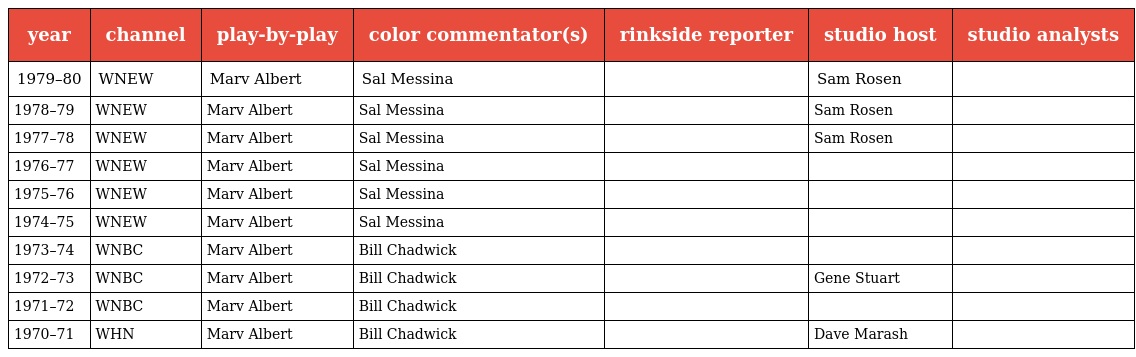
| year | channel | play-by-play | color commentator(s) | rinkside reporter | studio host | studio analysts |
 | --- | --- | --- | --- | --- | --- | --- |
 | 1979–80 | WNEW | Marv Albert | Sal Messina |  | Sam Rosen |  |
 | 1978–79 | WNEW | Marv Albert | Sal Messina |  | Sam Rosen |  |
 | 1977–78 | WNEW | Marv Albert | Sal Messina |  | Sam Rosen |  |
 | 1976–77 | WNEW | Marv Albert | Sal Messina |  |  |  |
 | 1975–76 | WNEW | Marv Albert | Sal Messina |  |  |  |
 | 1974–75 | WNEW | Marv Albert | Sal Messina |  |  |  |
 | 1973–74 | WNBC | Marv Albert | Bill Chadwick |  |  |  |
 | 1972–73 | WNBC | Marv Albert | Bill Chadwick |  | Gene Stuart |  |
 | 1971–72 | WNBC | Marv Albert | Bill Chadwick |  |  |  |
 | 1970–71 | WHN | Marv Albert | Bill Chadwick |  | Dave Marash |  |